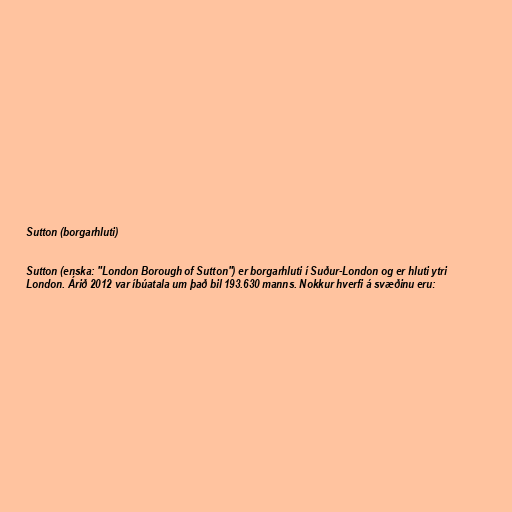
Sutton (borgarhluti)

Sutton (enska: "London Borough of Sutton") er borgarhluti í Suður-London og er hluti ytri
London. Árið 2012 var íbúatala um það bil 193.630 manns. Nokkur hverfi á svæðinu eru: